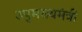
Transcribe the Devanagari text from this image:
उपुमख्यमंत्री